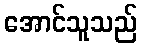
အောင်သူသည်